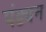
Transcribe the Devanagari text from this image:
पंड्यन